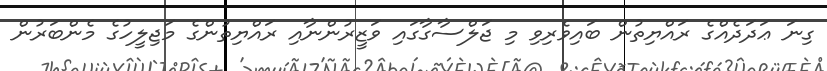
ގިނަ ޢަދަދެއްގެ ރައްޔިތުން ބައިވެރިވި މި ޖަލްސާގާގައި ވަޒީރުންނާއި ރައްޔިތުންގެ މަޖިލީހުގެ މެންބަރުން